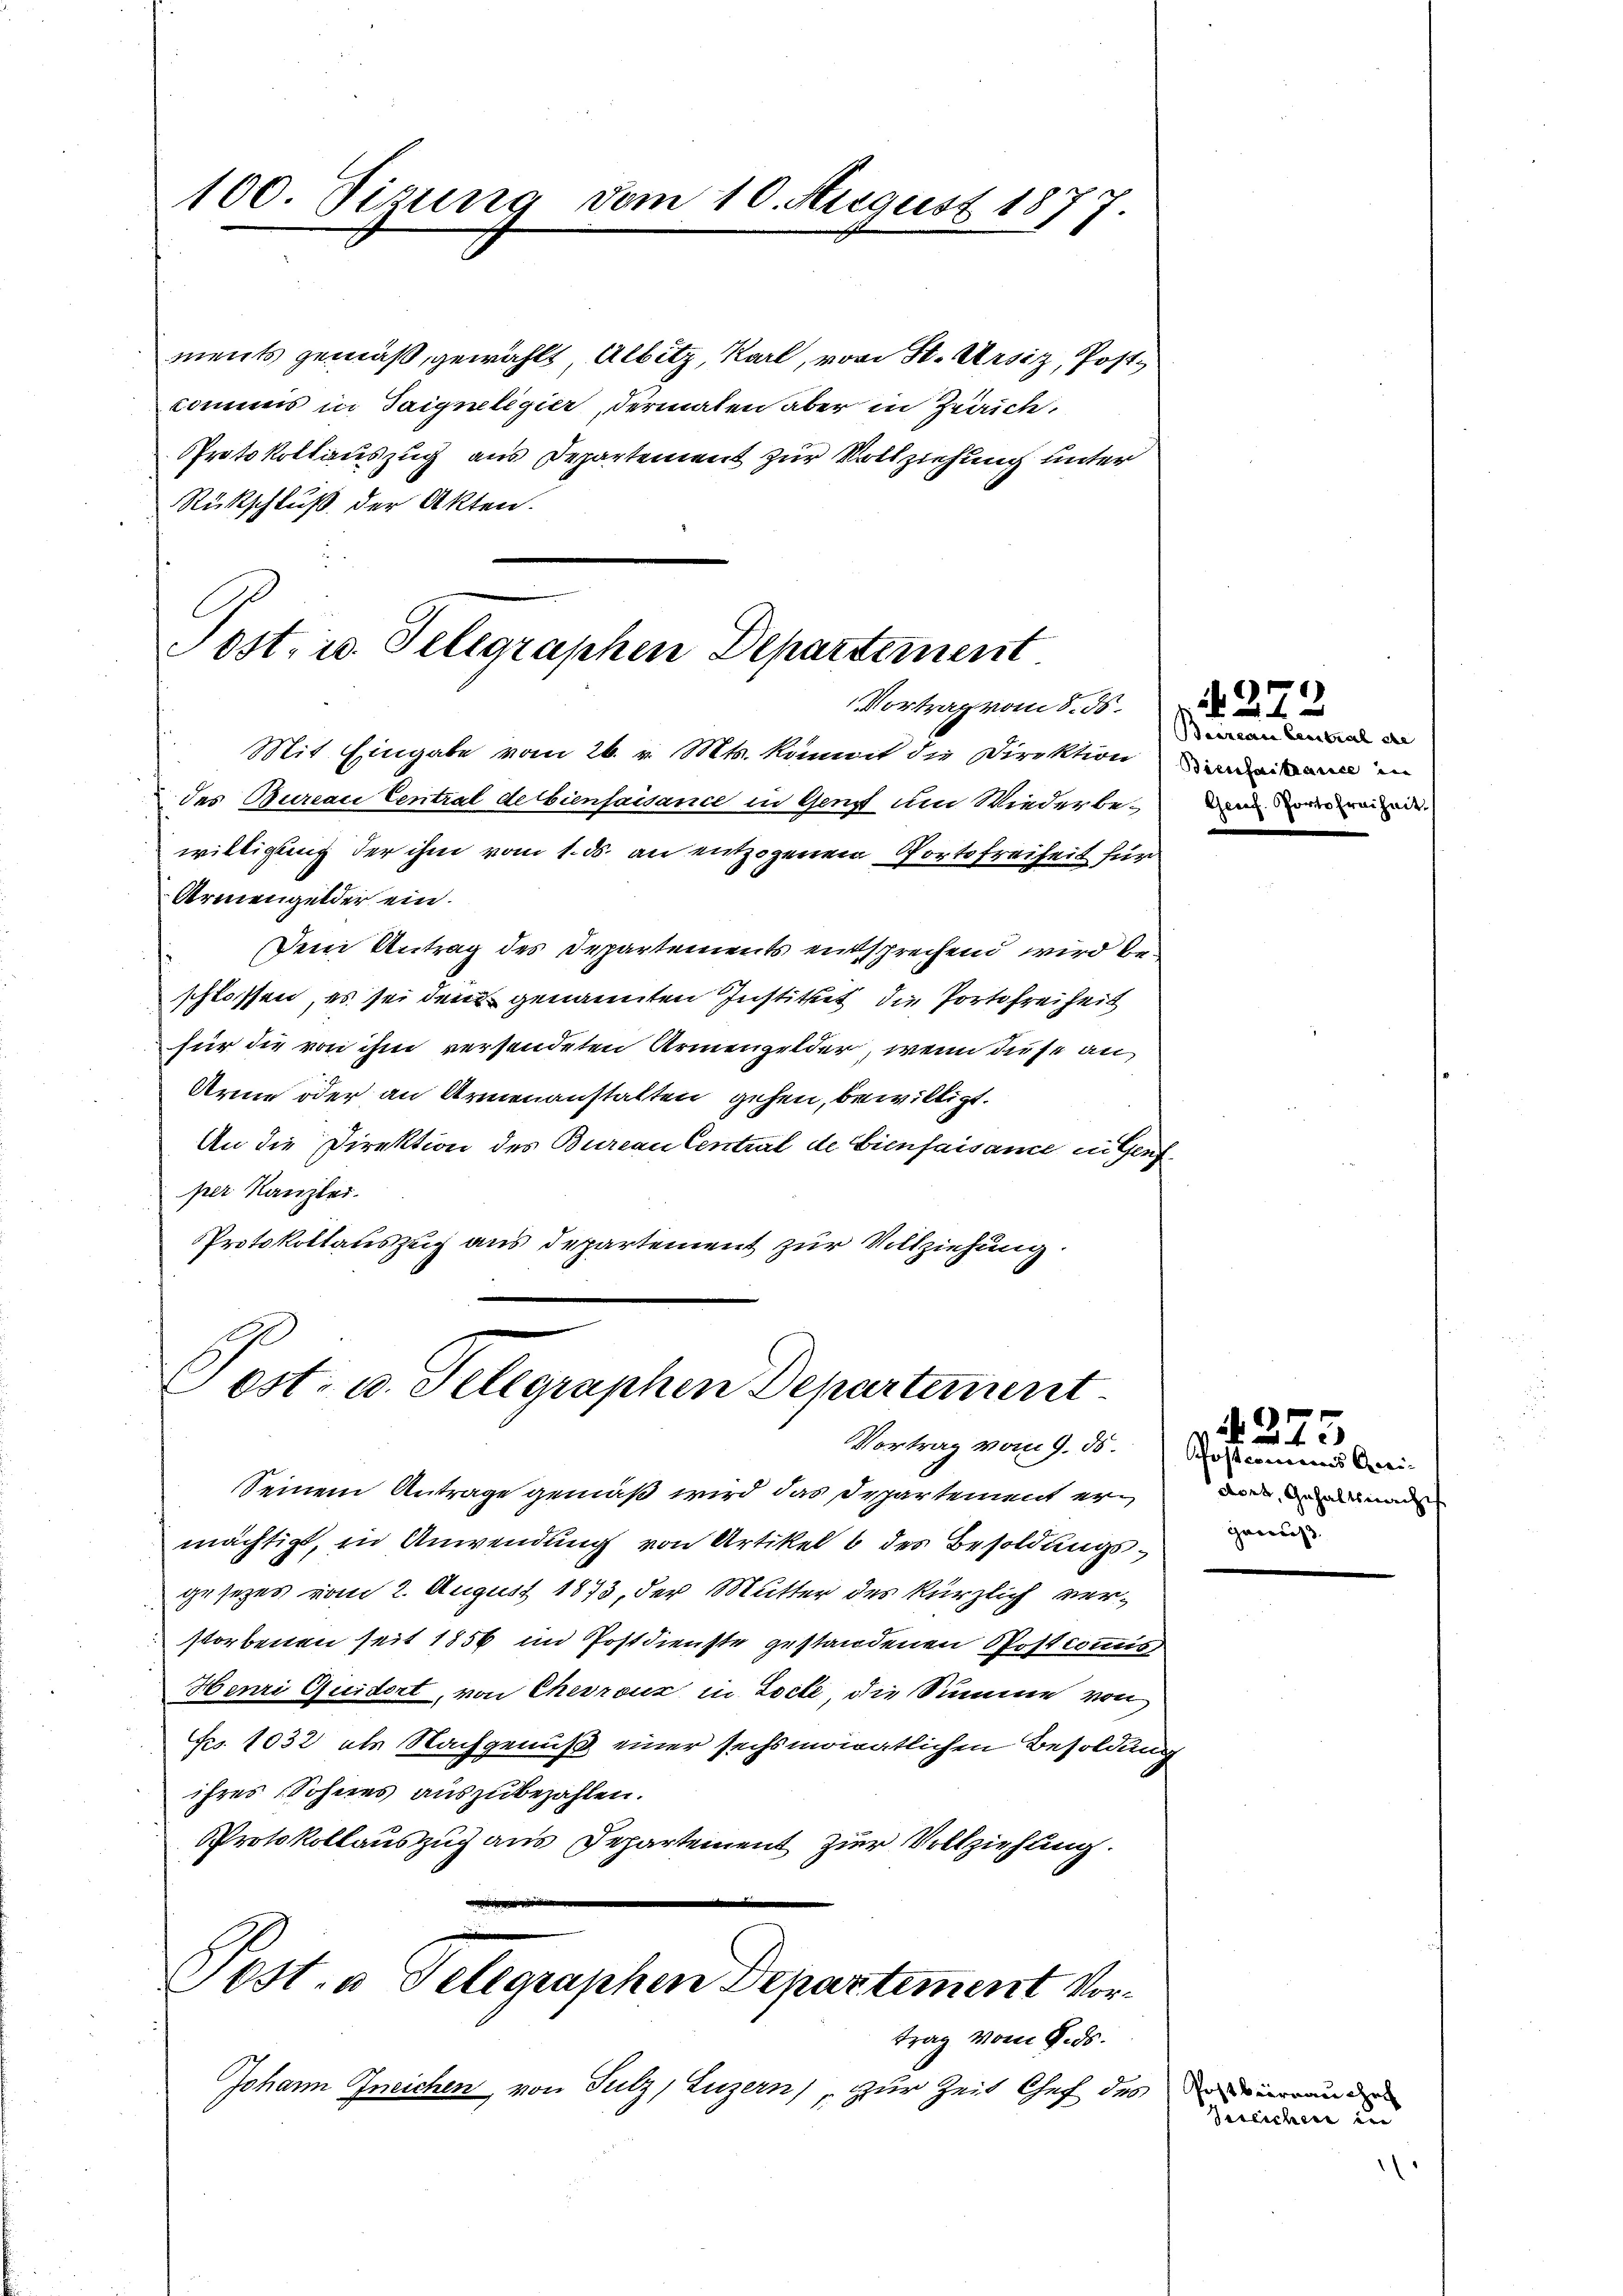
100. Sizung vom 10. August 1877.

Post. in Telegraphen Departement.
Vortrag vom 8. ds.

Post- u. Telegraphen Departement
Vortrag vom J. B. Postcomunes Grei-

ments gemäß, gewählt Albitz, Karl, von St. Ursiz, Post¬
Commis in Saigneligier, dermalen aber in Zweiche,
Protokollauszug aus Departement zur Vollziehung unter
Rückschluß der Akten.

Mit Eingabe vom 26. v. Mts. kommt die Direktion wir in
des Bureau Central de bienfaisance in Gens um Wiederbewilligung der ihm vom 1. ds. an entzogenen Portofreiheit für
Armengelder ein.
Dem Antrag des Departements entsprechend wird beschlossen, es sei den genannten Institut die Portofreiheit
für die von ihm versendeten Armengelder, wenn diese an¬
Arme oder an Armenanstalten gehen, bewilligt.
An die Direktion des Bureau Central de Gienfaisance in Genfper Kanzlei.
Protokollauszug aus departement zur Vollziehung

Seinem Antrage gemäß wird das Departement ermächtigt, in Anwendung von Artikel 8 des Besoldungsgesezes vom 2. August 1873, der Mutter des kürzlich verstorbenen seit 1856 im Postdienste gestandenen Postcommis
Henri Quidert, von Chevrouz in Loile, die Summe von
Fro. 1032 als Nachgenuß einer sechsmonatlichen Besoldung
ihres Sohnes auszubezahlen.
Protokollauszug aus Departement zur Vollziehung.
Sost. a Telegraphen Departement Vortrag vom 8. ds.
Johann Ineichen, von Sulz, Luzern), zur Zeit Chef des drinrunde

N. 272
Baarean Central die
Genf. Porto Freiheit

375
dort, Gehaltsmacht
gann

Vereicher in